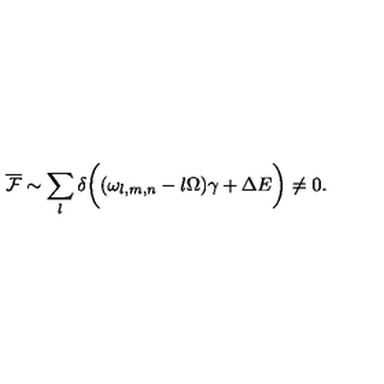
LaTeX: \overline { { \cal F } } \sim \sum _ { l } \delta \biggl ( ( \omega _ { l , m , n } - l \Omega ) \gamma + \Delta E \biggr ) \neq 0 .